Lunatic asylums Central Provinces reports 1874-1885 - 1874-1885
Year: 1874
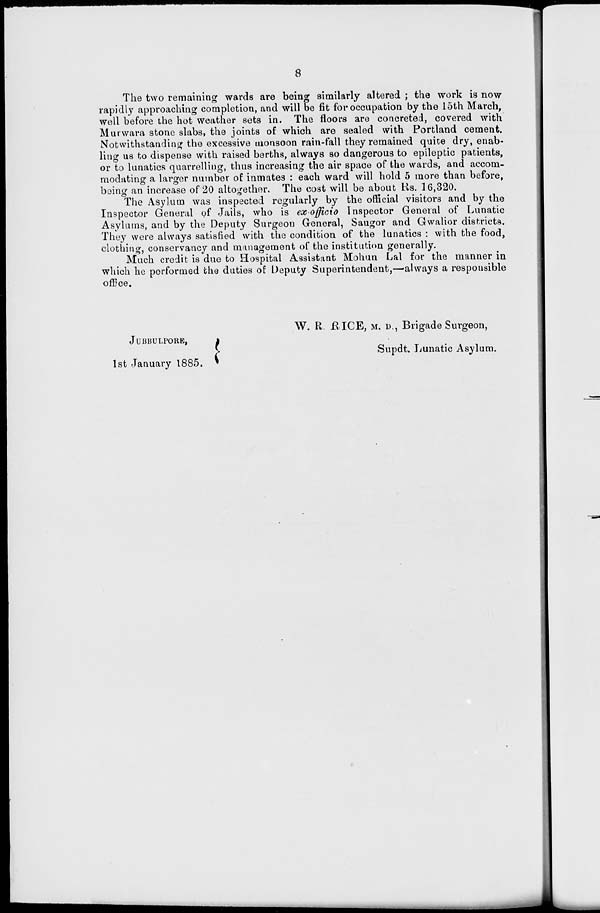
8
The two remaining wards are being similarly altered ; the work is now
rapidly approaching completion, and will be fit for occupation by the 15th March,
well before the hot weather sets in. The floors are concreted, covered with
Murwara stone slabs, the joints of which are sealed with Portland cement.
Notwithstanding the excessive monsoon rain-fall they remained quite dry, enab-
ling us to dispense with raised berths, always so dangerous to epileptic patients,
or to lunatics quarrelling, thus increasing the air space of the wards, and accom-
modating a larger number of inmates : each ward will hold 5 more than before,
being an increase of 20 altogether. The cost will be about Rs. 16,320.
The Asylum was inspected regularly by the official visitors and by the
Inspector General of Jails, who is ex-officio Inspector General of Lunatic
Asylums, and by the Deputy Surgeon General, Saugor and Gwalior districts.
They were always satisfied with the condition of the lunatics : with the food,
clothing, conservancy and management of the institution generally.
Much credit is due to Hospital Assistant Mohun Lal for the manner in
which he performed the duties of Deputy Superintendent,—always a responsible
office.
JUBBULPORE,
1st January 1885.
W. R. RICE, M.D., Brigade Surgeon,
Supdt. Lunatic Asylum.